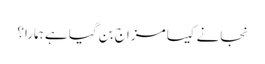
نجانے کیسا مزاج بن گیا ہے ہمارا؟